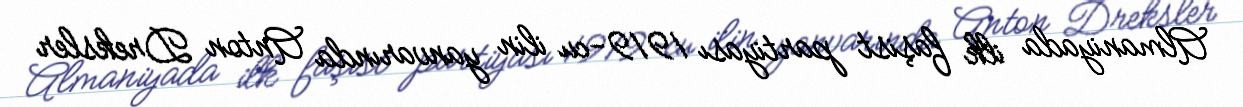
Almaniyada ilk faşist partiyası 1919-cu ilin yanvarında Anton Dreksler